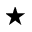
^ \star